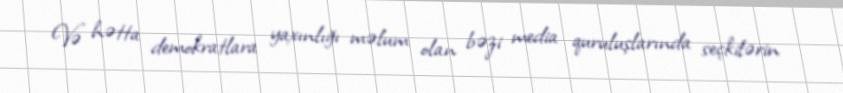
Və hətta demokratlara yaxınlığı məlum olan bəzi media quruluşlarında seçkilərin